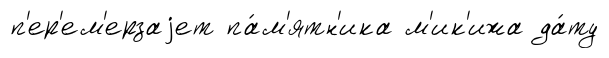
п'ер'ем'ерзаjет па́м'ятн'ика м'ик'ижа да́ту